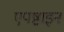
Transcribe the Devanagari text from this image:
एपष्टाइन